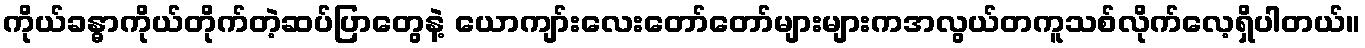
ကိုယ်ခန္ဓာကိုယ်တိုက်တဲ့ဆပ်ပြာတွေနဲ့ ယောကျာ်းလေးတော်တော်များများကအလွယ်တကူသစ်လိုက်လေ့ရှိပါတယ်။